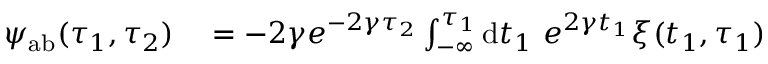
\begin{array} { r l } { \psi _ { \mathrm { a b } } ( \tau _ { 1 } , \tau _ { 2 } ) } & { { } = - 2 \gamma e ^ { - 2 \gamma \tau _ { 2 } } \int _ { - \infty } ^ { \tau _ { 1 } } \mathrm { d } t _ { 1 } ~ e ^ { 2 \gamma t _ { 1 } } \xi ( t _ { 1 } , \tau _ { 1 } ) } \end{array}